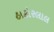
ઠાકોરલાલ